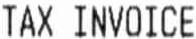
TAX INVOICE